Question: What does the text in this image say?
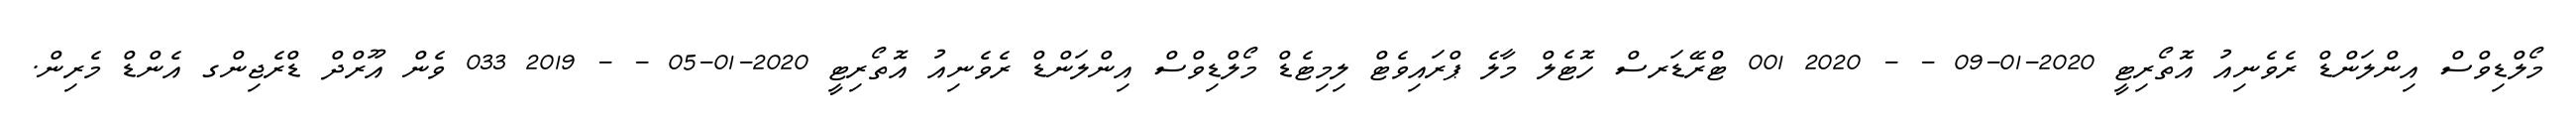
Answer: މޯލްޑިވްސް އިންލަންޑް ރެވެނިއު އޮތޯރިޓީ 2020-01-09 - - 2020 001 ޓްރޭޑަރސް ހޮޓެލް މާލެ ޕްރައިވެޓް ލިމިޓެޑް މޯލްޑިވްސް އިންލަންޑް ރެވެނިއު އޮތޯރިޓީ 2020-01-05 - - 2019 033 ވެން އޫރްދް ޑްރެޖިންގ އެންޑް މެރިން.